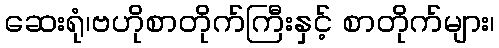
ဆေးရုံ၊ဗဟိုစာတိုက်ကြီးနှင့် စာတိုက်များ၊